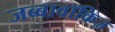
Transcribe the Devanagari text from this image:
जब्बावॉकिज़